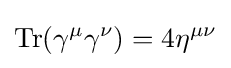
\operatorname {Tr} (\gamma ^{\mu }\gamma ^{\nu })=4\eta ^{\mu \nu }